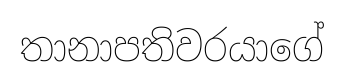
තානාපතිවරයාගේ